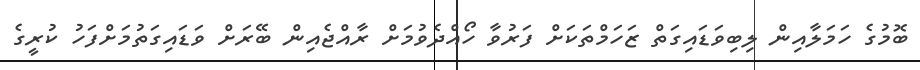
ބޮމުގެ ހަމަލާއިން ލިބިވަޑައިގަތް ޒަހަމްތަކަށް ފަރުވާ ހޯއްދެވުމަށް ރާއްޖެއިން ބޭރަށް ވަޑައިގަތުމަށްފަހު ކުރީގެ